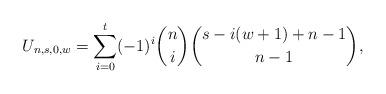
LaTeX: \begin{align*}U_{n,s,0,w}=\sum_{i=0}^{t}(-1)^i\binom{n}{i}\binom{s-i(w+1)+n-1}{n-1},\end{align*}